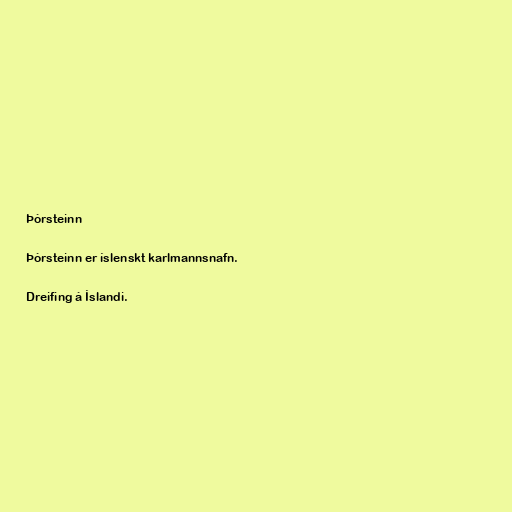
Þórsteinn

Þórsteinn er íslenskt karlmannsnafn.

Dreifing á Íslandi.